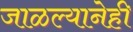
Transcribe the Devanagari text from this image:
जाळल्यानेही